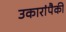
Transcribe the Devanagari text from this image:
उकारांपैकी